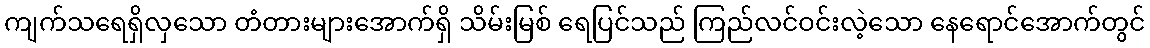
ကျက်သရေရှိလှသော တံတားများအောက်ရှိ သိမ်းမြစ် ရေပြင်သည် ကြည်လင်ဝင်းလဲ့သော နေရောင်အောက်တွင်